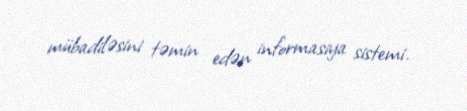
mübadiləsini təmin edən informasiya sistemi.